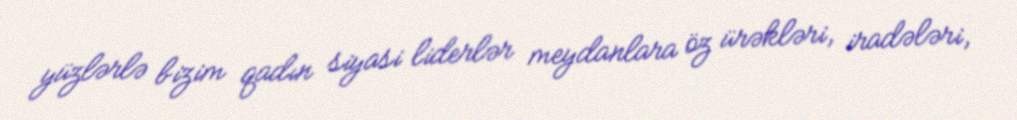
yüzlərlə bizim qadın siyasi liderlər meydanlara öz ürəkləri, iradələri,